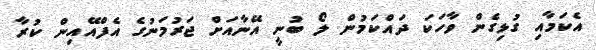
އެކަމާއި ގުޅިގެން ވާހަކަ ދައްކަމުން ލޯ ބުނީ އޭނާއަށް ޖަރުމަނުގެ އެފްއޭއިން ކުރާ